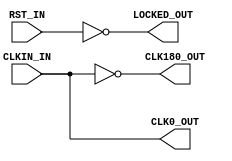
module x_s3e_dcm (
	input  wire CLKIN_IN,		 // NbN
	input  wire RST_IN,			 // Zbg
	output wire CLK0_OUT,		 // NbNi0j
	output wire CLK180_OUT,		 // NbNi180j
	output wire LOCKED_OUT		 // bN
);

	/********** NbNo **********/
	assign CLK0_OUT	  = CLKIN_IN;
	assign CLK180_OUT = ~CLKIN_IN;
	assign LOCKED_OUT = ~RST_IN;
   
endmodule